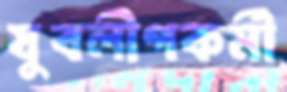
যুবলীগকর্মী